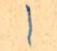
1